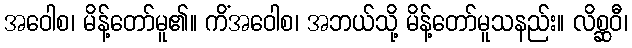
အဝေါစ၊ မိန့်တော်မူ၏။ ကိံအဝေါစ၊ အဘယ်သို့ မိန့်တော်မူသနည်း။ လိစ္ဆဝီ၊